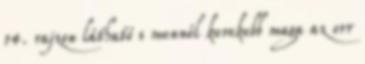
14. rajzon látható s mennél kerekebb maga az orr